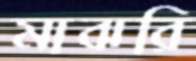
মাঝরি